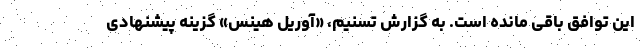
این توافق باقی مانده است. به گزارش تسنیم، «آوریل هینس» گزینه پیشنهادی